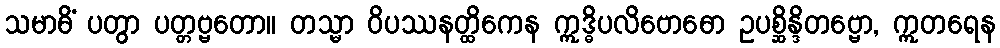
သမာဓိံ ပတွာ ပတ္တဗ္ဗတော။ တသ္မာ ဝိပဿနတ္ထိကေန ဣဒ္ဓိပလိဗောဓော ဥပစ္ဆိန္ဒိတဗ္ဗော, ဣတရေန